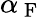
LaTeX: \alpha_{\mathrm{~F~}}